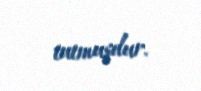
tutmuşdur.